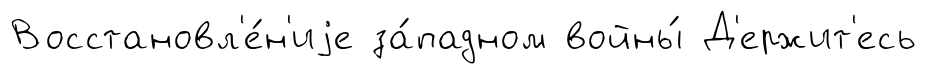
Восстановл'е́н'иjе за́падном войны́ Д'ержит'есь